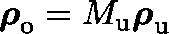
\boldsymbol { \mathbf { \rho } } _ { \mathrm { o } } = M _ { \mathrm { u } } \boldsymbol { \mathbf { \rho } } _ { \mathrm { u } }